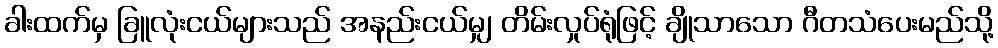
ခါးထက်မှ ခြူလုံးငယ်များသည် အနည်းငယ်မျှ တိမ်းလှုပ်ရုံဖြင့် ချိုသာသော ဂီတသံပေးမည်သို့